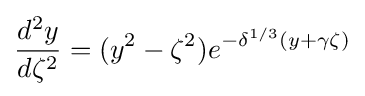
{\frac {d^{2}y}{d\zeta ^{2}}}=(y^{2}-\zeta ^{2})e^{-\delta ^{1/3}(y+\gamma \zeta )}